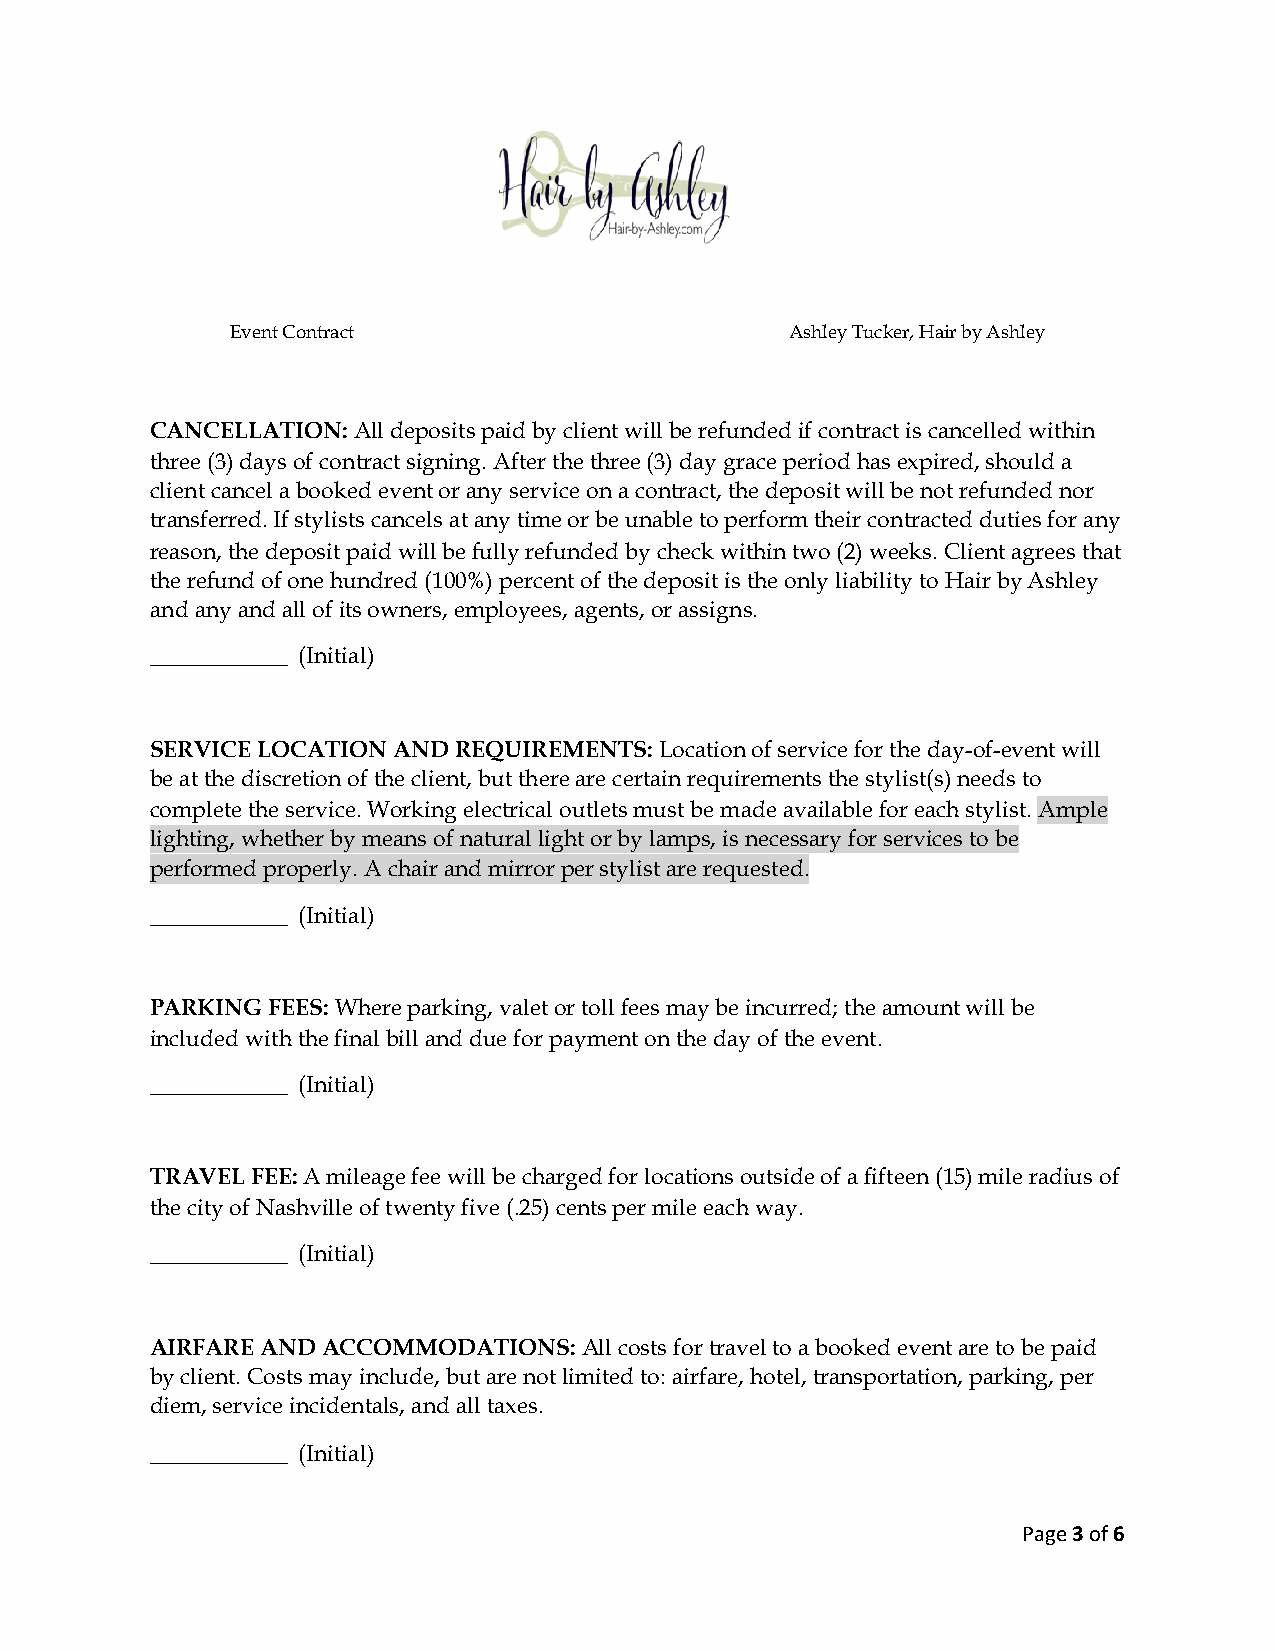
Event Contract                       Ashley Tucker, Hair by Ashley
 CANCELLATION: All deposits paid by client will be refunded if contract is cancelled within
 three (3) days of contract signing. After the three (3) day grace period has expired, should a
 client cancel a booked event or any service on a contract, the deposit will be not refunded nor
 transferred. If stylists cancels at any time or be unable to perform their contracted duties for any
 reason, the deposit paid will be fully refunded by check within two (2) weeks. Client agrees that
 the refund of one hundred (100%) percent of the deposit is the only liability to Hair by Ashley
 and any and all of its owners, employees, agents, or assigns.
 ____________ (Initial)
 SERVICE LOCATION AND REQUIREMENTS: Location of service for the day-of-event will
 be at the discretion of the client, but there are certain requirements the stylist(s) needs to
 complete the service. Working electrical outlets must be made available for each stylist. Ample
 lighting, whether by means of natural light or by lamps, is necessary for services to be
 performed properly. A chair and mirror per stylist are requested.
 ____________ (Initial)
 PARKING FEES: Where parking, valet or toll fees may be incurred; the amount will be
 included with the final bill and due for payment on the day of the event.
 ____________ (Initial)
 TRAVEL FEE: A mileage fee will be charged for locations outside of a fifteen (15) mile radius of
 the city of Nashville of twenty five (.25) cents per mile each way.
 ____________ (Initial)
 AIRFARE AND ACCOMMODATIONS:  All costs for travel to a booked event are to be paid
 by client. Costs may include, but are not limited to: airfare, hotel, transportation, parking, per
 diem, service incidentals, and all taxes.
 ____________ (Initial)
 Page 3 of 6